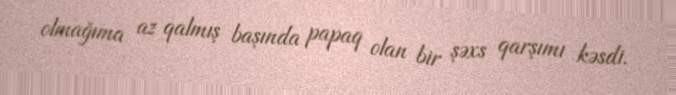
olmağıma az qalmış başında papaq olan bir şəxs qarşımı kəsdi.